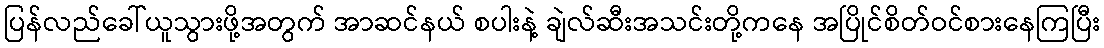
ပြန်လည်ခေါ်ယူသွားဖို့အတွက် အာဆင်နယ် စပါးနဲ့ ချဲလ်ဆီးအသင်းတို့ကနေ အပြိုင်စိတ်ဝင်စားနေကြပြီး